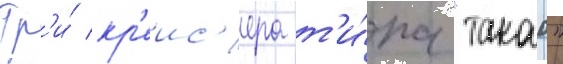
Тр'и́ кр'еис'ера т'и́па "такао"